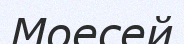
Моесей